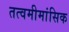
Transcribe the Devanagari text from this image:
तत्वमीमांसिक